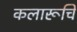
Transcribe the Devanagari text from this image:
कलारूचि